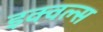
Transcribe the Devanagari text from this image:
इक्वल्स